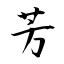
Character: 芳